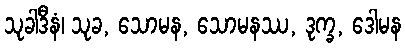
သုခါဒီနံ၊ သုခ, သောမန, သောမနဿ, ဒုက္ခ, ဒေါမန